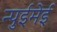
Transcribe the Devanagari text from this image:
न्पुईमेई